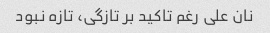
نان علی رغم تاکید بر تازگی، تازه نبود